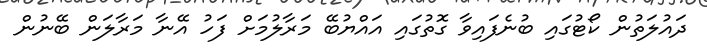
ދައުލަތުން ކޯޓުގައި ބުނެފައިވާ ގޮތުގައި އައްޔުބޭ މަރާލުމަށް ފަހު އޭނާ މަރާލަން ބޭނުން